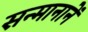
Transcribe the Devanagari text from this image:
सन्मानानें